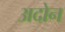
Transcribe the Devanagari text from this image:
अदोन